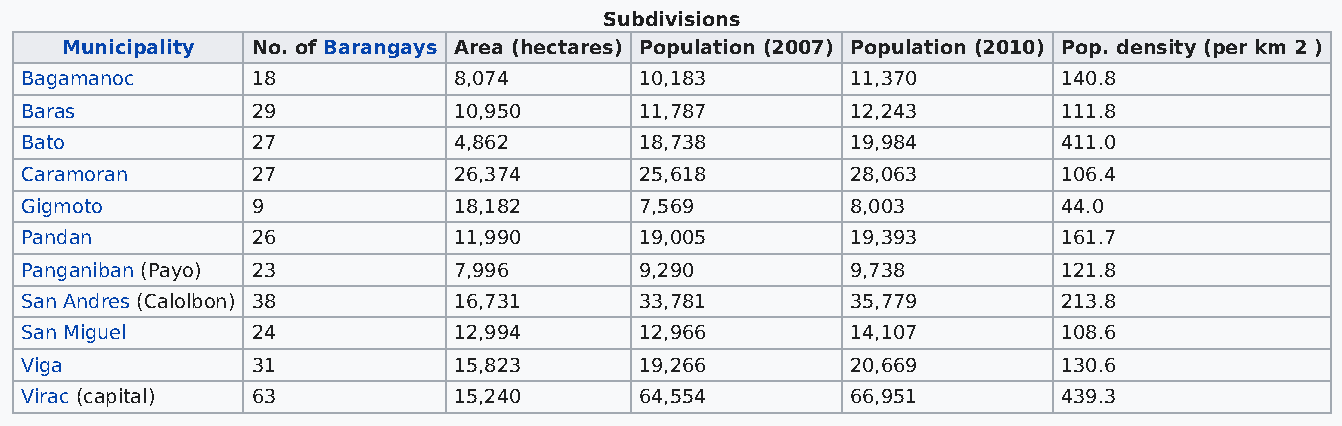
Subdivisions
 Municipality No. of Barangays Area (hectares) Population (2007) Population (2010) Pop. density (per km 2 )
 Bagamanoc       18           8,074       10,183        11,370        140.8
 Baras           29           10,950      11,787        12,243        111.8
 Bato            27           4,862       18,738        19,984        411.0
 Caramoran       27           26,374      25,618        28,063        106.4
 Gigmoto         9            18,182      7,569         8,003         44.0
 Pandan          26           11,990      19,005        19,393        161.7
 Panganiban (Payo) 23         7,996       9,290         9,738         121.8
 San Andres (Calolbon) 38     16,731      33,781        35,779        213.8
 San Miguel      24           12,994      12,966        14,107        108.6
 Viga            31           15,823      19,266        20,669        130.6
 Virac (capital) 63           15,240      64,554        66,951        439.3